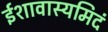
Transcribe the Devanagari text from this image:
ईशावास्यमिदं